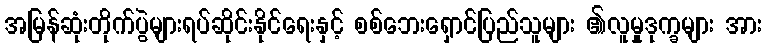
အမြန်ဆုံးတိုက်ပွဲများရပ်ဆိုင်းနိုင်ရေးနှင့် စစ်ဘေးရှောင်ပြည်သူများ ၏လူမှုဒုက္ခများ အား